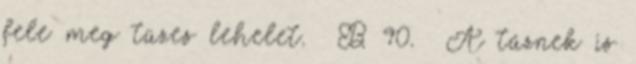
fele meg tüzes lehelet. B 90. A tűznek is